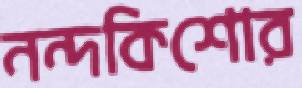
নন্দকিশোর